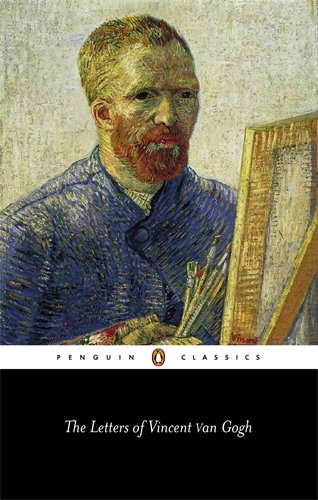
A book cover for The Letters of Vincent van Gogh (Penguin Classics); Vincent Van Gogh; Literature & Fiction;